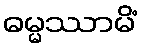
ဓမ္မဿာမိံ